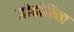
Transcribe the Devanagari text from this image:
लोफोरिना